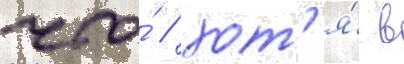
что́ / хот'я́ в